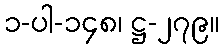
၁-ပါ-၁၄၈၊ ဋ္ဌ-၂၇၉။